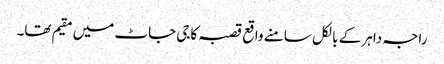
راجہ داہر کے بالکل سامنے واقع قصبہ کاجی جاٹ میں مقیم تھا۔